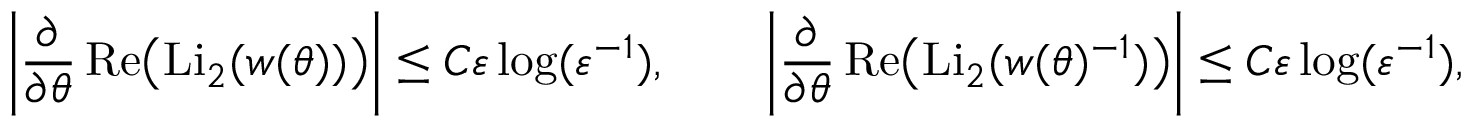
\left| \frac { \partial } { \partial \theta } \mathop { \mathrm { R e } } \bigl ( \mathrm { L i } _ { 2 } ( w ( \theta ) ) \bigr ) \right| \le C \varepsilon \log ( \varepsilon ^ { - 1 } ) , \qquad \left| \frac { \partial } { \partial \theta } \mathop { \mathrm { R e } } \bigl ( \mathrm { L i } _ { 2 } ( w ( \theta ) ^ { - 1 } ) \bigr ) \right| \le C \varepsilon \log ( \varepsilon ^ { - 1 } ) ,